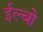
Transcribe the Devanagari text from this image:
ईल्बो